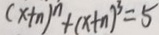
( x + n ) ^ { n } + ( x + n ) ^ { 3 } = 5